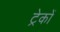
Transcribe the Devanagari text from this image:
ट्रेकों